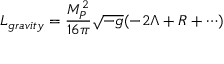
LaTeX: { \cal L } _ { g r a v i t y } = \frac { M _ { P } ^ { 2 } } { 1 6 \pi } \sqrt { - g } ( - 2 \Lambda + R + \cdots )